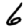
Digit: 6